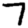
Digit: 7